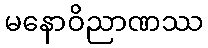
မနောဝိညာဏဿ